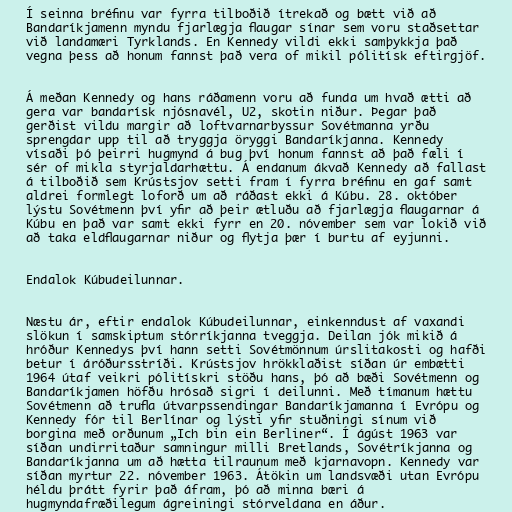
Í seinna bréfinu var fyrra tilboðið ítrekað og bætt við að
Bandaríkjamenn myndu fjarlægja flaugar sínar sem voru staðsettar
við landamæri Tyrklands. En Kennedy vildi ekki samþykkja það
vegna þess að honum fannst það vera of mikil pólitísk eftirgjöf.

Á meðan Kennedy og hans ráðamenn voru að funda um hvað ætti að
gera var bandarísk njósnavél, U2, skotin niður. Þegar það
gerðist vildu margir að loftvarnarbyssur Sovétmanna yrðu
sprengdar upp til að tryggja öryggi Bandaríkjanna. Kennedy
vísaði þó þeirri hugmynd á bug því honum fannst að það fæli í
sér of mikla styrjaldarhættu. Á endanum ákvað Kennedy að fallast
á tilboðið sem Krústsjov setti fram í fyrra bréfinu en gaf samt
aldrei formlegt loforð um að ráðast ekki á Kúbu. 28. október
lýstu Sovétmenn því yfir að þeir ætluðu að fjarlægja flaugarnar á
Kúbu en það var samt ekki fyrr en 20. nóvember sem var lokið við
að taka eldflaugarnar niður og flytja þær í burtu af eyjunni.

Endalok Kúbudeilunnar.

Næstu ár, eftir endalok Kúbudeilunnar, einkenndust af vaxandi
slökun í samskiptum stórríkjanna tveggja. Deilan jók mikið á
hróður Kennedys því hann setti Sovétmönnum úrslitakosti og hafði
betur í áróðursstríði. Krústsjov hrökklaðist síðan úr embætti
1964 útaf veikri pólitískri stöðu hans, þó að bæði Sovétmenn og
Bandaríkjamen höfðu hrósað sigri í deilunni. Með tímanum hættu
Sovétmenn að trufla útvarpssendingar Bandaríkjamanna í Evrópu og
Kennedy fór til Berlínar og lýsti yfir stuðningi sínum við
borgina með orðunum „Ich bin ein Berliner“. Í ágúst 1963 var
síðan undirritaður samningur milli Bretlands, Sovétríkjanna og
Bandaríkjanna um að hætta tilraunum með kjarnavopn. Kennedy var
síðan myrtur 22. nóvember 1963. Átökin um landsvæði utan Evrópu
héldu þrátt fyrir það áfram, þó að minna bæri á
hugmyndafræðilegum ágreiningi stórveldana en áður.